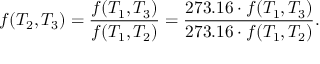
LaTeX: f ( T _ { 2 } , T _ { 3 } ) = { \frac { f ( T _ { 1 } , T _ { 3 } ) } { f ( T _ { 1 } , T _ { 2 } ) } } = { \frac { 2 7 3 . 1 6 \cdot f ( T _ { 1 } , T _ { 3 } ) } { 2 7 3 . 1 6 \cdot f ( T _ { 1 } , T _ { 2 } ) } } .